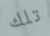
تلك